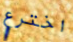
اخترع